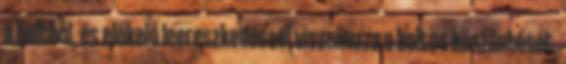
a boltból, és előkelő leereszkedéssel viszonozza a boltos köszöntését.